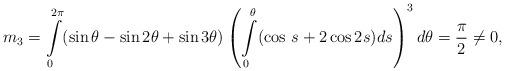
LaTeX: \begin{align*}m_3=\int\limits_0^{2\pi}(\sin\theta - \sin2\theta + \sin3\theta)\left(\int\limits_0^{\theta}(\cos\,s + 2\cos2s)ds\right)^3d\theta=\frac{\pi}{2}\neq 0, \end{align*}